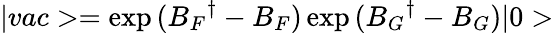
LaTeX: |vac>=\exp{({B_{F}}^{\dagger}-B_{F})}\exp{({B_{G}}^{\dagger}-B_{G})}|0>